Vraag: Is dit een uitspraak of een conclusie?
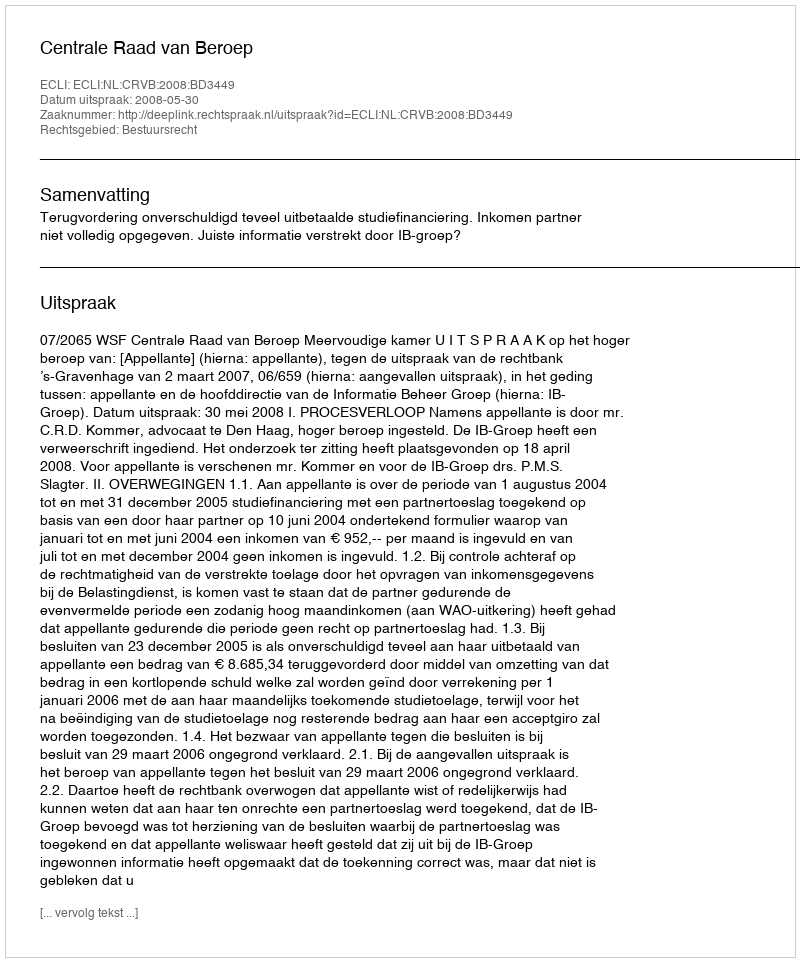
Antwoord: Uitspraak